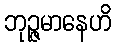
ဘုဉ္ဇမာနေဟိ